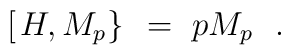
\left[ \left. H , M_p \right\} \right. \ = \ p M_p\ \ .